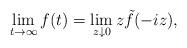
LaTeX: \begin{align*}\lim_{t \to \infty} f(t) = \lim_{z \downarrow 0} z \tilde f(-iz),\end{align*}